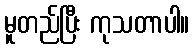
မူတည်ပြီး ကုသတာပါ။